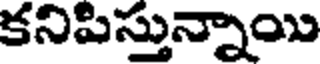
కనిపిస్తున్నాయి